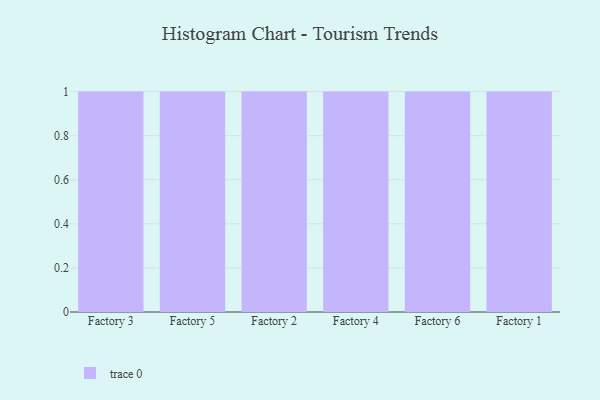
{"axis": {"x": "Factory", "y": "Energy Usage (MWh)"}, "legend": [""], "data": [{"x": "Factory 3", "y": 19, "type": ""}, {"x": "Factory 5", "y": 100, "type": ""}, {"x": "Factory 2", "y": 65, "type": ""}, {"x": "Factory 4", "y": 2, "type": ""}, {"x": "Factory 6", "y": 9, "type": ""}, {"x": "Factory 1", "y": 62, "type": ""}]}